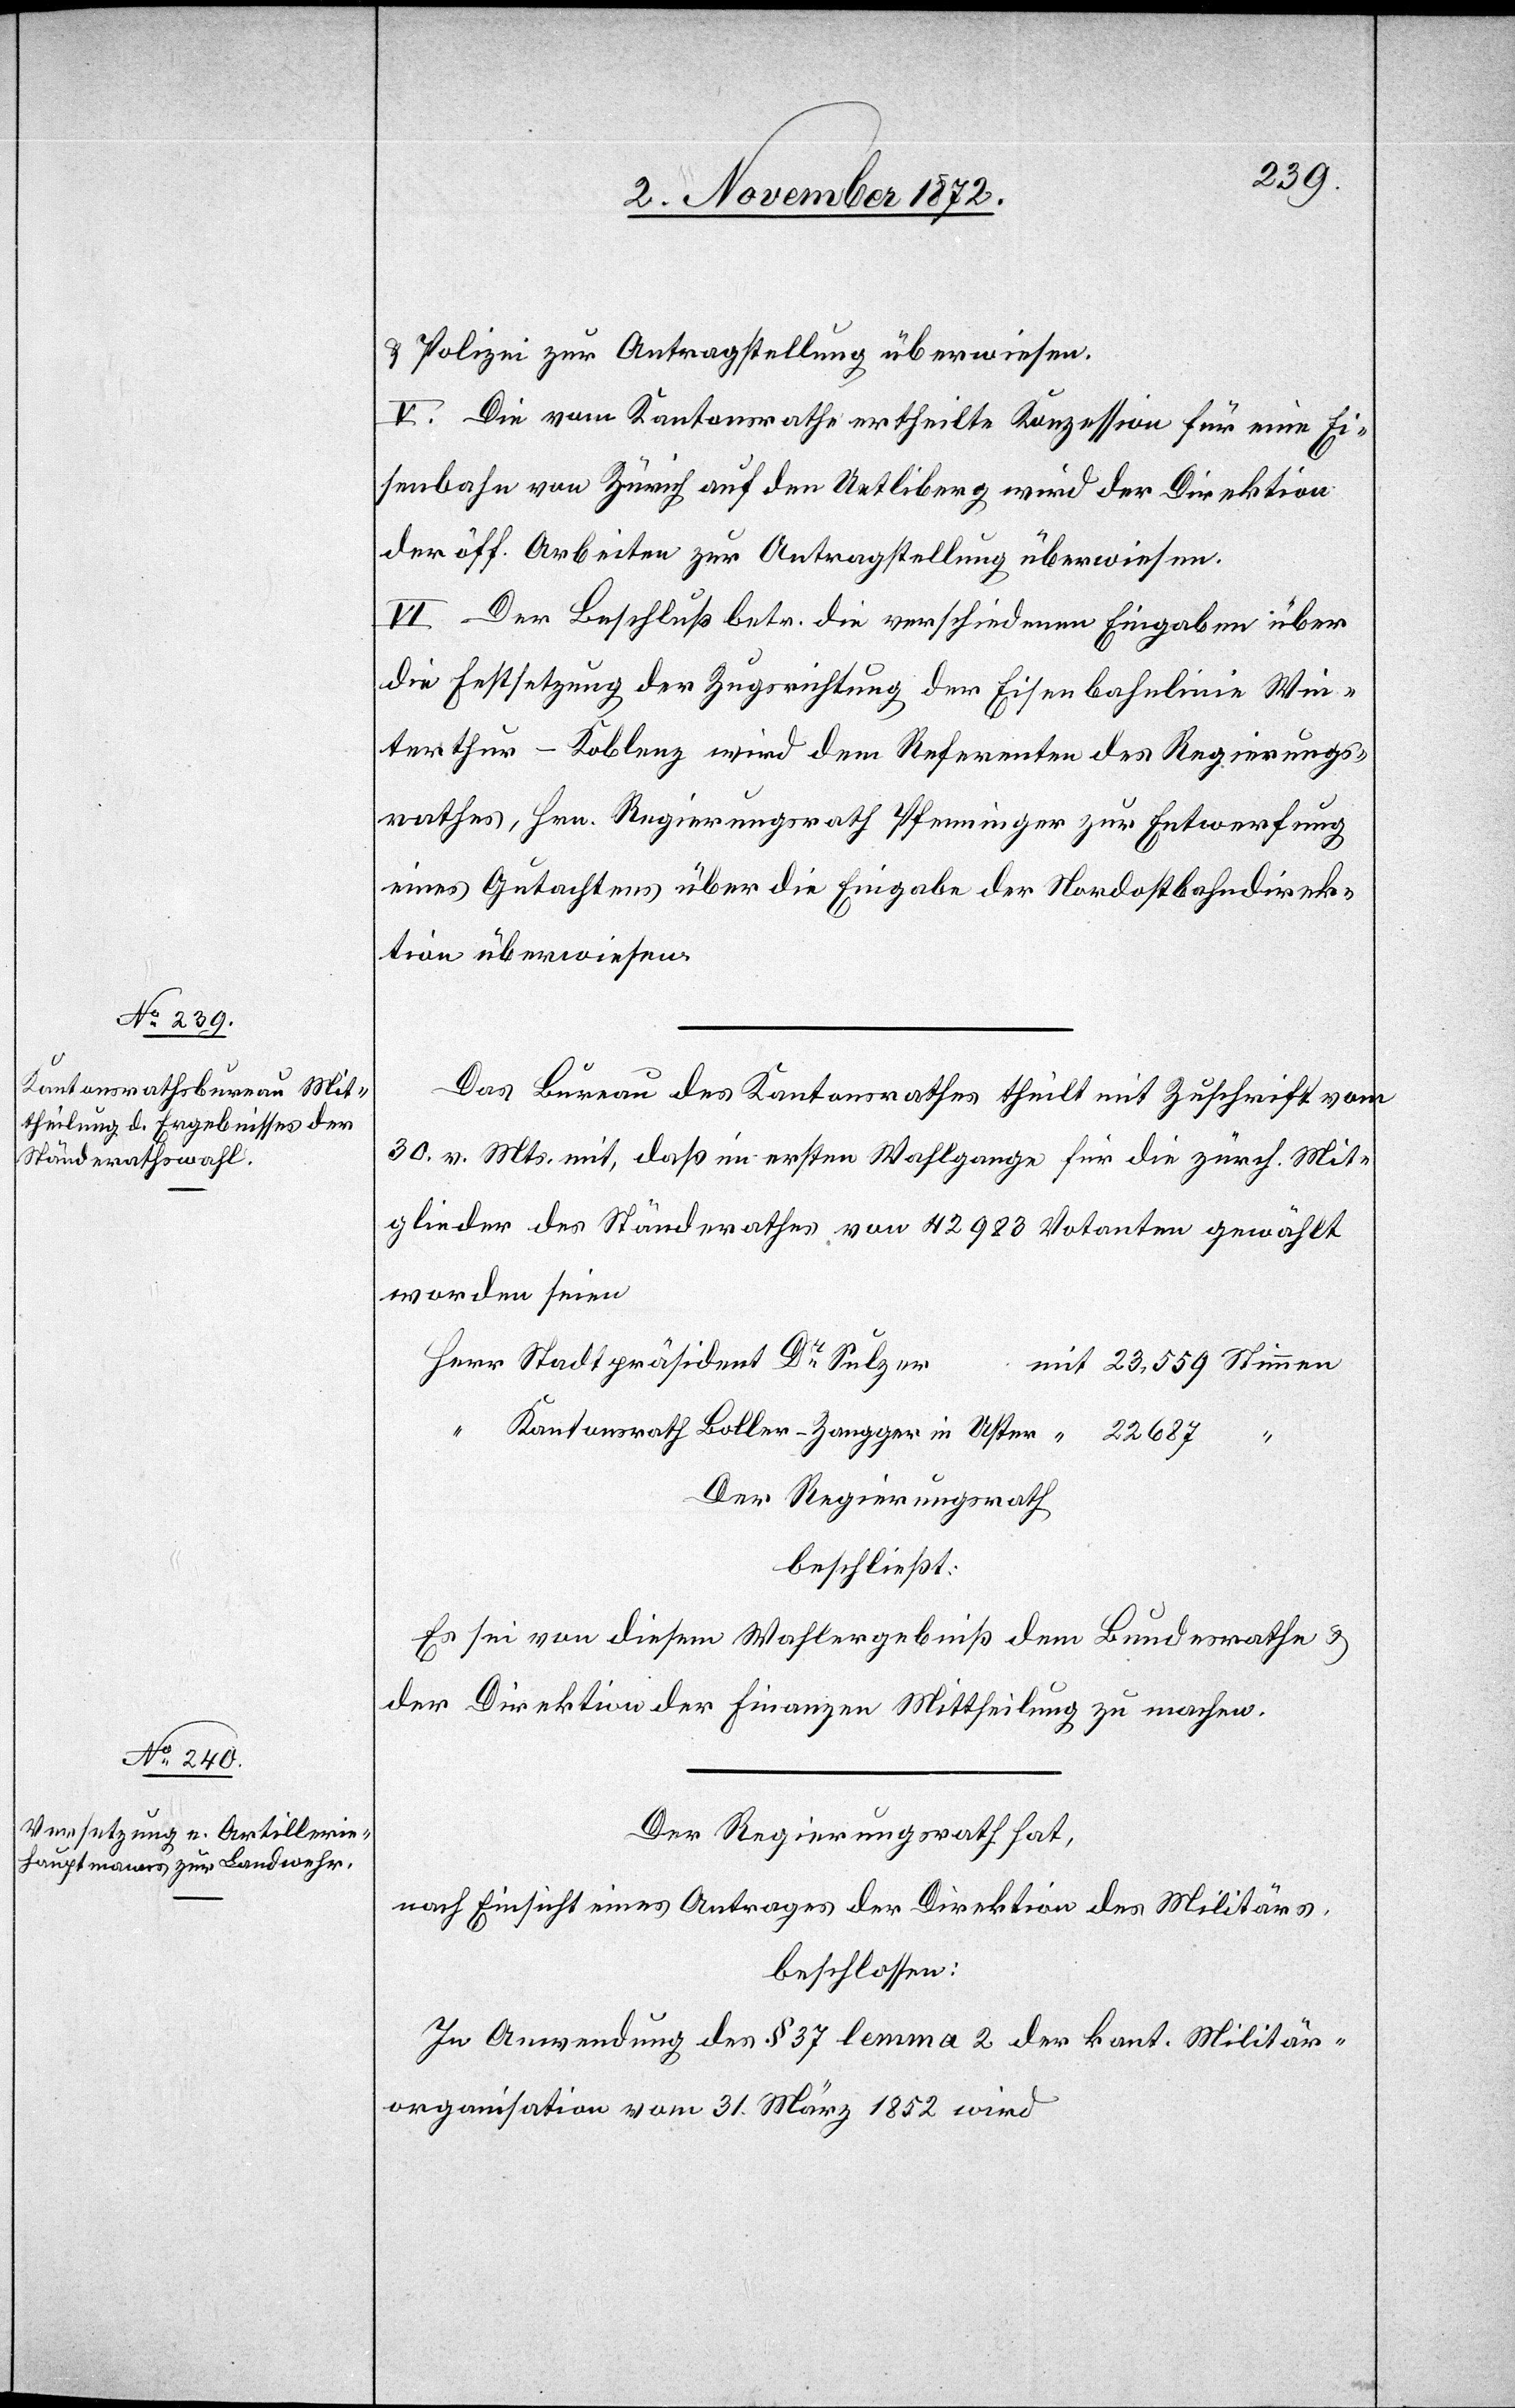
u. Polizei zur Antragstellung überwiesen.
V. Die vom Kantonsrathe ertheilte Konzession für eine Ei¬
senbahn von Zürich auf den Uetliberg wird der Direktion
der öff. Arbeiten zur Antragstellung überwiesen.
VI. Der Beschluß betr. die verschiedenen Eingaben über
die Festsetzung der Zugsrichtung der Eisenbahnlinie Win¬
terthur–Koblenz wird dem Referenten des Regierungs¬
rathes, Hrn. Regierungsrath Pfenninger zur Entwerfung
eines Gutachtens über die Eingabe der Nordostbahndirek¬
tion überwiesen.
Das Bureau des Kantonsrathes theilt mit Zuschrift vom
30. v. Mts. mit, daß im ersten Wahlgange für die zürch. Mit¬
glieder des Ständerathes von 42 983 Votanten gewählt
worden seien
Stadtpräsident Dr Sulzer
Kantonsrath Boller-Zangger in Uster
“
Der Regierungsrath
beschließt:
Es sei von diesem Wahlergebniß dem Bundesrathe u.
der Direktion der Finanzen Mittheilung zu machen.
Der Regierungsrath hat,
nach Einsicht eines Antrages der Direktion des Militärs,
beschlossen:
In Anwendung des § 37 lemma 2 der kant. Militär¬
organisation vom 31. März 1852 wird